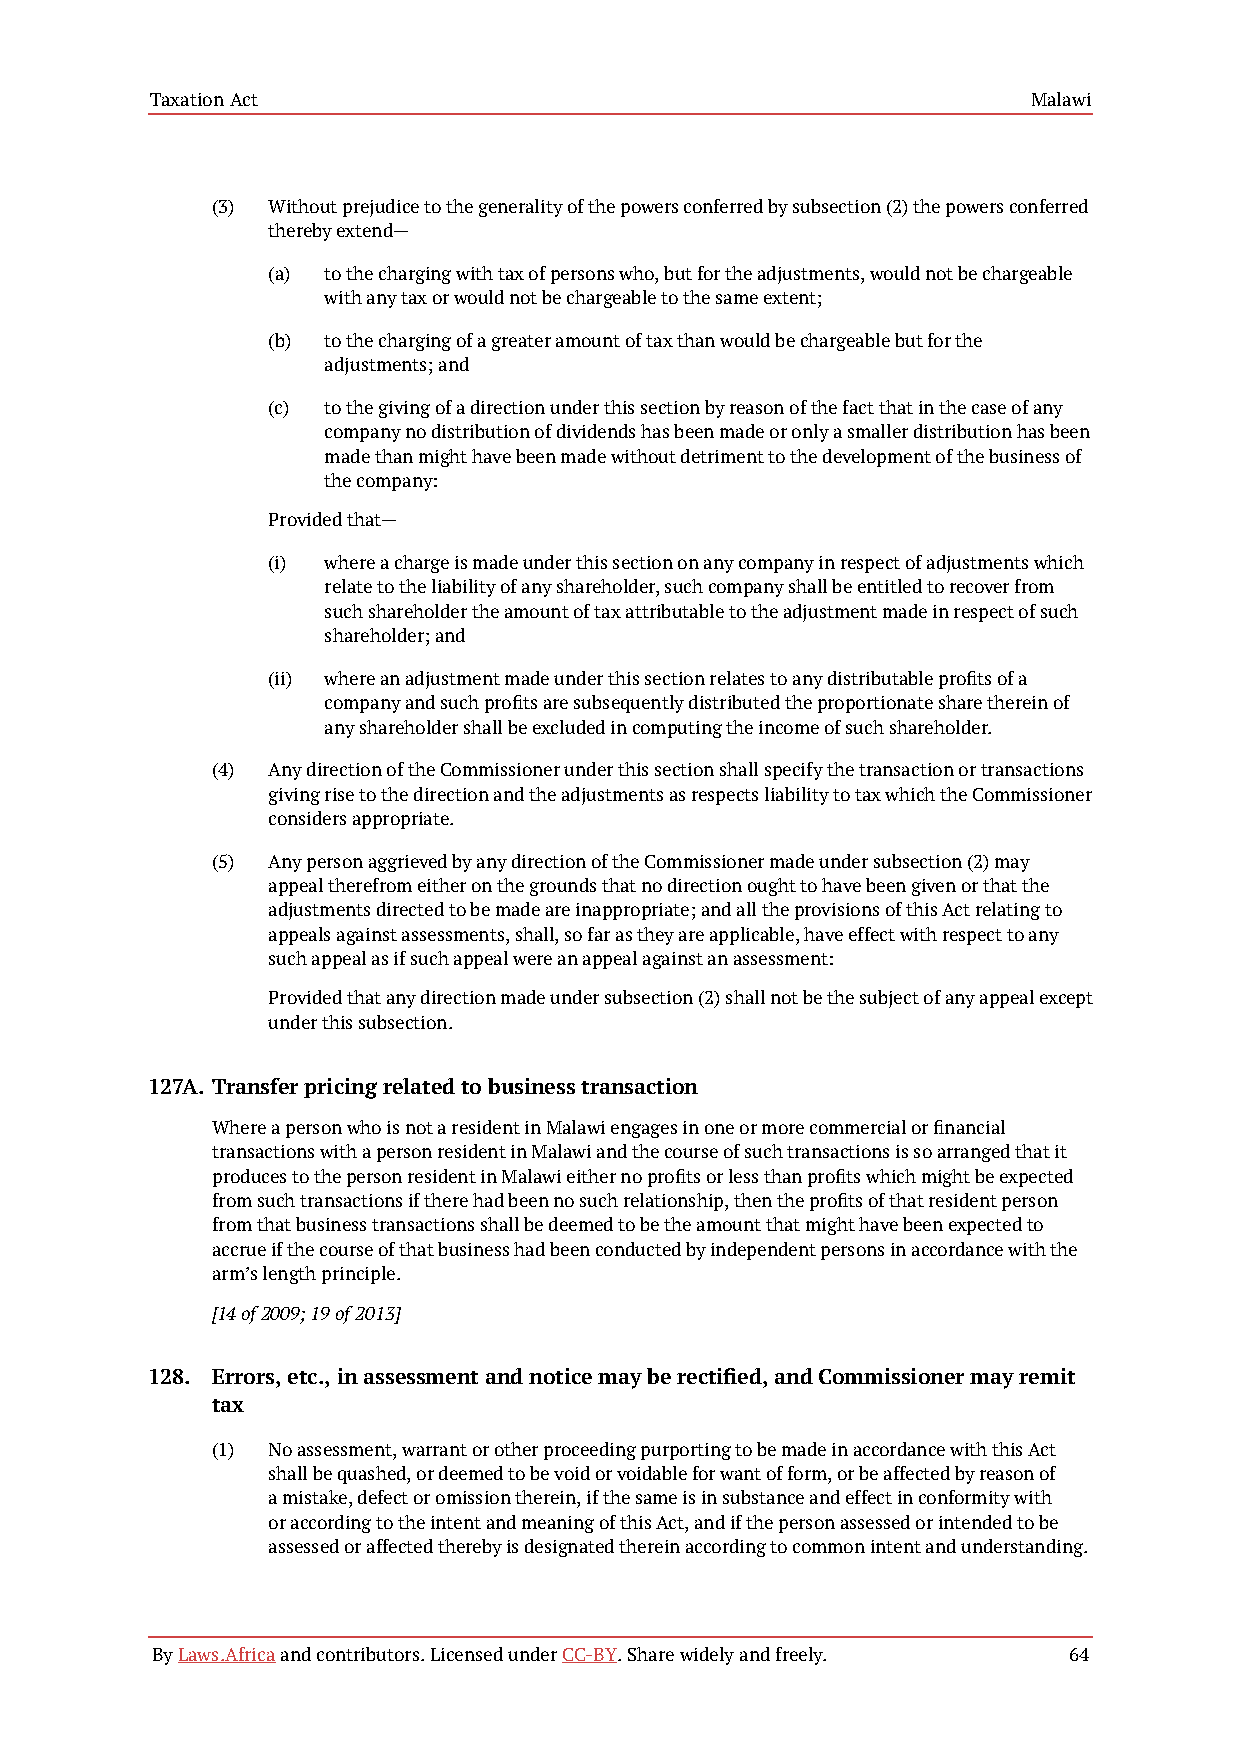
Taxation Act                                              Malawi
 (3) Without prejudice to the generality of the powers conferred by subsection (2) the powers conferred
 thereby extend—
 (a) to the charging with tax of persons who, but for the adjustments, would not be chargeable
 with any tax or would not be chargeable to the same extent;
 (b) to the charging of a greater amount of tax than would be chargeable but for the
 adjustments; and
 (c) to the giving of a direction under this section by reason of the fact that in the case of any
 company no distribution of dividends has been made or only a smaller distribution has been
 made than might have been made without detriment to the development of the business of
 the company:
 Provided that—
 (i) where a charge is made under this section on any company in respect of adjustments which
 relate to the liability of any shareholder, such company shall be entitled to recover from
 such shareholder the amount of tax attributable to the adjustment made in respect of such
 shareholder; and
 (ii) where an adjustment made under this section relates to any distributable profits of a
 company and such profits are subsequently distributed the proportionate share therein of
 any shareholder shall be excluded in computing the income of such shareholder.
 (4) Any direction of the Commissioner under this section shall specify the transaction or transactions
 giving rise to the direction and the adjustments as respects liability to tax which the Commissioner
 considers appropriate.
 (5) Any person aggrieved by any direction of the Commissioner made under subsection (2) may
 appeal therefrom either on the grounds that no direction ought to have been given or that the
 adjustments directed to be made are inappropriate; and all the provisions of this Act relating to
 appeals against assessments, shall, so far as they are applicable, have effect with respect to any
 such appeal as if such appeal were an appeal against an assessment:
 Provided that any direction made under subsection (2) shall not be the subject of any appeal except
 under this subsection.
 127A. Transfer pricing related to business transaction
 Where a person who is not a resident in Malawi engages in one or more commercial or financial
 transactions with a person resident in Malawi and the course of such transactions is so arranged that it
 produces to the person resident in Malawi either no profits or less than profits which might be expected
 from such transactions if there had been no such relationship, then the profits of that resident person
 from that business transactions shall be deemed to be the amount that might have been expected to
 accrue if the course of that business had been conducted by independent persons in accordance with the
 arm’s length principle.
 [14 of 2009; 19 of 2013]
 128. Errors, etc., in assessment and notice may be rectified, and Commissioner may remit
 tax
 (1) No assessment, warrant or other proceeding purporting to be made in accordance with this Act
 shall be quashed, or deemed to be void or voidable for want of form, or be affected by reason of
 a mistake, defect or omission therein, if the same is in substance and effect in conformity with
 or according to the intent and meaning of this Act, and if the person assessed or intended to be
 assessed or affected thereby is designated therein according to common intent and understanding.
 By Laws.Africa and contributors. Licensed under CC-BY. Share widely and freely. 64